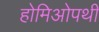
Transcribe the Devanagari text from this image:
होमिओपथी